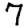
Digit: 7